Vaccination report Assam 1874-1896 - 1874-1896
Year: 1874
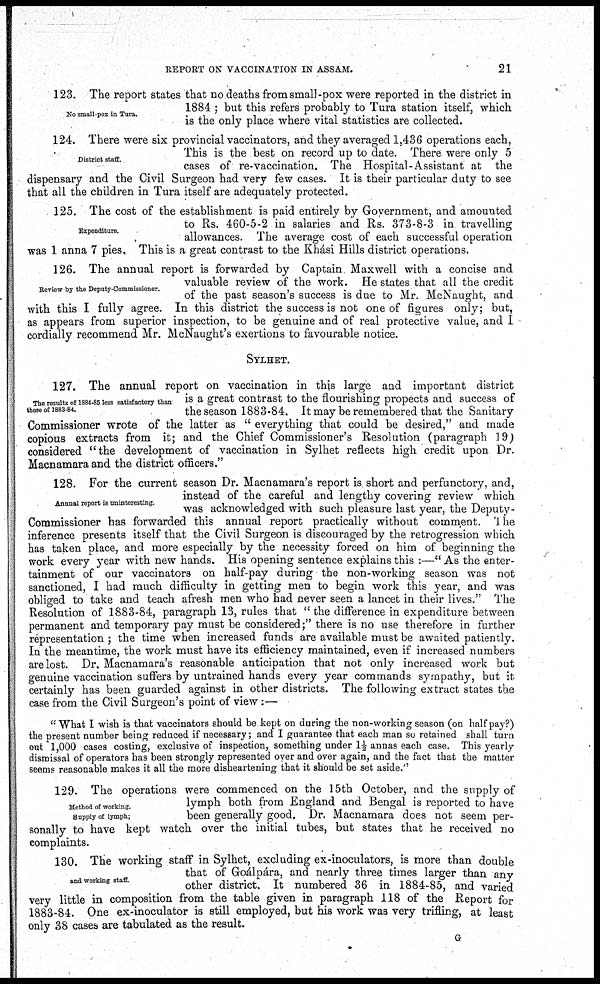
REPORT ON VACCINATION IN ASSAM.
21
No small-pox in Tura.
123. The report states that no deaths from small-pox were reported in the district in
1884 ; but this refers probably to Tura station itself, which
is the only place where vital statistics are collected.
District staff.
124. There were six provincial vaccinators, and they averaged 1,436 operations each,
This is the best on record up to date. There were only 5
cases of re-vaccination. The Hospital-Assistant at the
dispensary and the Civil Surgeon had very few cases. It is their particular duty to see
that all the children in Tura itself are adequately protected.
Expenditure.
125. The cost of the establishment is paid entirely by Government, and amounted
to Rs. 460-5-2 in salaries and Rs. 373-8-3 in travelling
allowances. The average cost of each successful operation
was 1 anna 7 pies. This is a great contrast to the Khási Hills district operations.
Review by the Deputy-Commissioner.
126. The annual report is forwarded by Captain. Maxwell with a concise and
valuable review of the work. He states that all the credit
of the past season's success is due to Mr. McNaught, and
with this I fully agree. In this district the success is not one of figures only; but,
as appears from superior inspection, to be genuine and of real protective value, and I
cordially recommend Mr. McNaught's exertions to favourable notice.
SYLHET.
The results of 1884-85 less satisfactory than
those of 1883-84.
127. The annual report on vaccination in this large and important district
is a great contrast to the flourishing propects and success of
the season 1883-84. It may be remembered that the Sanitary
Commissioner wrote of the latter as " everything that could be desired," and made
copious extracts from it; and the Chief Commissioner's Resolution (paragraph 19)
considered "the development of vaccination in Sylhet reflects high credit upon Dr.
Macnamara and the district officers."
Annual report is uninteresting.
128. For the current season Dr. Macnamara's report is short and perfunctory, and,
instead of the careful and lengthy covering review which
was acknowledged with such pleasure last year, the Deputy-
Commissioner has forwarded this annual report practically without comment. The
inference presents itself that the Civil Surgeon is discouraged by the retrogression which
has taken place, and more especially by the necessity forced on him of beginning the
work every year with new hands. His opening sentence explains this :—" As the enter-
tainment of our vaccinators on half-pay during the non-working season was not
sanctioned, I had much difficulty in getting men to begin work this year, and was
obliged to take and teach afresh men who had never seen a lancet in their lives." The
Resolution of 1883-84, paragraph 13, rules that " the difference in expenditure between
permanent and temporary pay must be considered;" there is no use therefore in further
representation ; the time when increased funds are available must be awaited patiently.
In the meantime, the work must have its efficiency maintained, even if increased numbers
are lost. Dr. Macnamara's reasonable anticipation that not only increased work but
genuine vaccination suffers by untrained hands every year commands sympathy, but it
certainly has been guarded against in other districts. The following extract states the
case from the Civil Surgeon's point of view:—
"What I wish is that vaccinators should be kept on during the non-working season (on half pay?)
the present number being reduced if necessary; and I guarantee that each man so retained shall turn
out 1,000 cases costing, exclusive of inspection, something under 1½ annas each case. This yearly
dismissal of operators has been strongly represented over and over again, and the fact that the matter
seems reasonable makes it all the more disheartening that it should be set aside."
Method of working.
Supply of lymph;
129. The operations were commenced on the 15th October, and the supply of
lymph both from England and Bengal is reported to have
been generally good. Dr. Macnamara does not seem per-
sonally to have kept watch over the initial tubes, but states that he received no
complaints.
and working staff
130. The working staff in Sylhet, excluding ex-inoculators, is more than double
that of Goálpára, and nearly three times larger than any
other district. It numbered 36 in 1884-85, and varied
very little in composition from the table given in paragraph 118 of the Report for
1883-84. One ex-inoculator is still employed, but his work was very trifling, at least
only 38 cases are tabulated as the result.
G